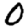
Digit: 0